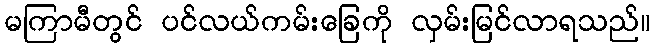
မကြာမီတွင် ပင်လယ်ကမ်းခြေကို လှမ်းမြင်လာရသည်။